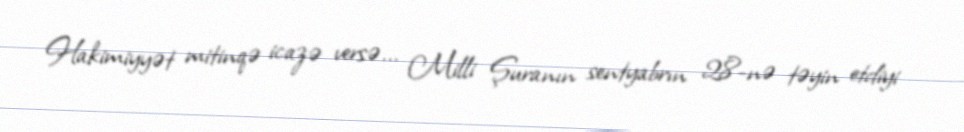
Hakimiyyət mitinqə icazə versə... Milli Şuranın sentyabrın 28-nə təyin etdiyi